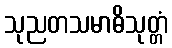
သုညတသမာဓိသုတ္တံ